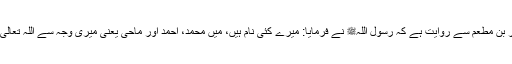
1590: سیدنا جبیر بن مطعمؓ سے روایت ہے کہ رسول اللہﷺ نے فرمایا: میرے کئی نام ہیں، میں محمد، احمد اور ماحی یعنی میری وجہ سے اللہ تعالیٰ کفر کو مٹائے گا۔